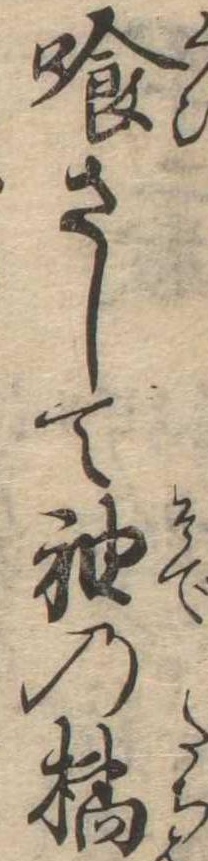
喰さして袖の橘